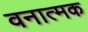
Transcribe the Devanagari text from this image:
वनात्मक